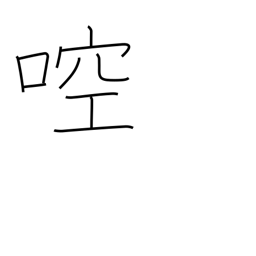
Meaning: gargle